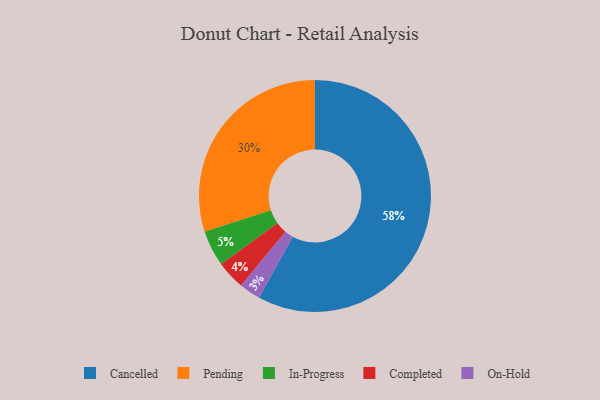
{"axis": {"x": "Category", "y": "Percentage"}, "legend": ["Cancelled", "Completed", "In-Progress", "On-Hold", "Pending"], "data": [{"x": "On-Hold", "y": 3, "type": "On-Hold"}, {"x": "Completed", "y": 4, "type": "Completed"}, {"x": "In-Progress", "y": 5, "type": "In-Progress"}, {"x": "Pending", "y": 30, "type": "Pending"}, {"x": "Cancelled", "y": 58, "type": "Cancelled"}]}